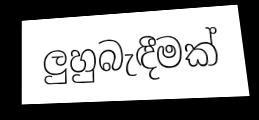
ලුහුබැඳීමක්